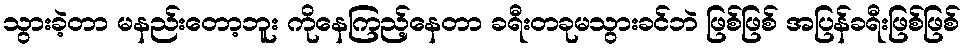
သွားခဲ့တာ မနည်းတော့ဘူး ကိုနေကြည့်နေတာ ခရီးတခုမသွားခင်ဘဲ ဖြစ်ဖြစ် အပြန်ခရီးဖြစ်ဖြစ်